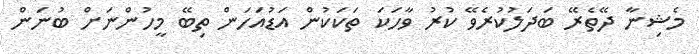
މެޝިނާ ދޭތެރޭ ބަދަލުކުރެވޭ ކުރު ވާހަކަ ތަކަކުން އަޑުއަހަން ތިބޭ މީހުންނަށް ބުނަން